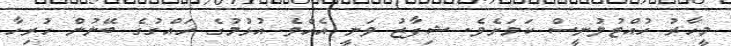
މީހާރު ހުއްޓުވުނީސް ކަމަށެވެ. ޝިފާޒު ވަނީ އެއްވެ އުޅުމުގެ ހައްގުގެ ބޭނުން ހުރިހާ